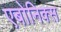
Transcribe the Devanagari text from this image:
एबोनिक्स